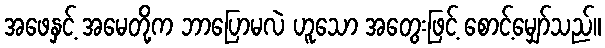
အဖေနှင့် အမေတို့က ဘာပြောမလဲ ဟူသော အတွေးဖြင့် စောင့်မျှော်သည်။